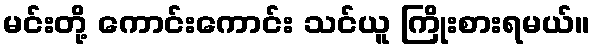
မင်းတို့ ကောင်းကောင်း သင်ယူ ကြိုးစားရမယ်။